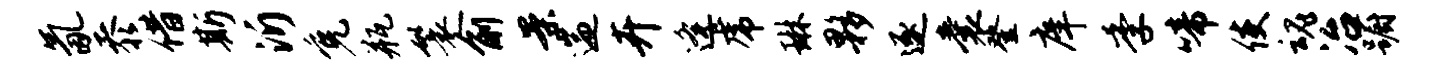
氤忝借斯沂免瓶鬟俞案遄卉逄虎琳夥逐囊登庠季啼使魂冶蹰